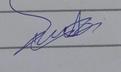
Signature authenticity: genuine